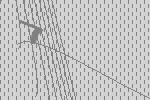
7